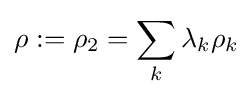
\rho :=\rho _{2}=\sum _{k}\lambda _{k}\rho _{k}